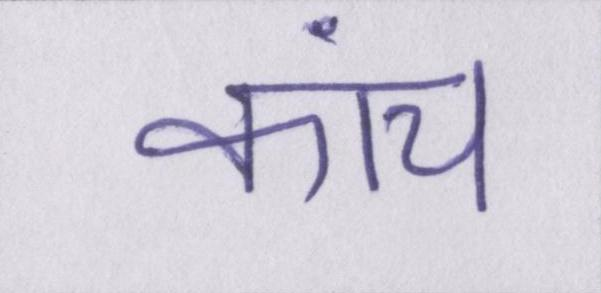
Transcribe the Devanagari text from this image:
कांच